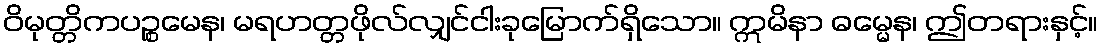
ဝိမုတ္တိကပဉ္စမေန၊ မရဟတ္တဖိုလ်လျှင်ငါးခုမြောက်ရှိသော။ ဣမိနာ ဓမ္မေန၊ ဤတရားနှင့်။